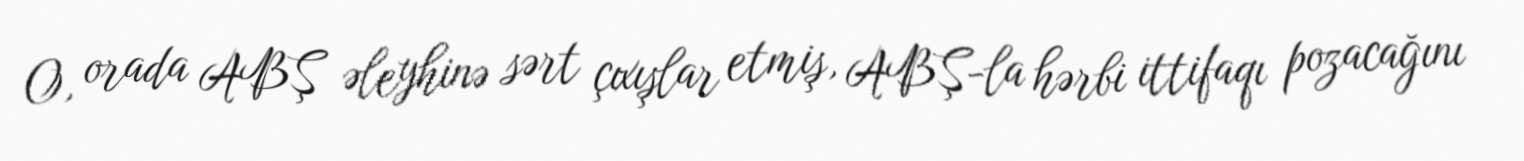
O, orada ABŞ əleyhinə sərt çıxışlar etmiş, ABŞ-la hərbi ittifaqı pozacağını